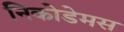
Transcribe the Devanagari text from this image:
निकोडेमस